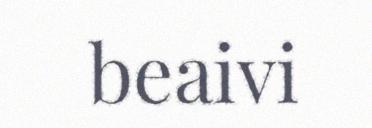
beaivi